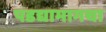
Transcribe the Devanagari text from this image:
पडद्यामागचा